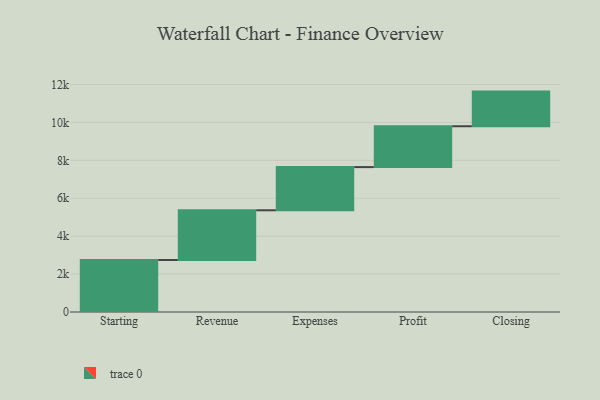
{"axis": {"x": "Step", "y": "Value"}, "legend": [""], "data": [{"x": "Starting", "y": 2743.0, "type": ""}, {"x": "Revenue", "y": 2622.0, "type": ""}, {"x": "Expenses", "y": 2278.0, "type": ""}, {"x": "Profit", "y": 2155.0, "type": ""}, {"x": "Closing", "y": 1827.0, "type": ""}]}